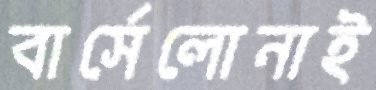
বার্সেলোনাই